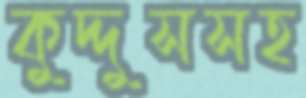
কুদ্দুসসহ